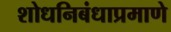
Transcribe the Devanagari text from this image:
शोधनिबंधाप्रमाणे